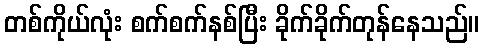
တစ်ကိုယ်လုံး စက်စက်နစ်ပြီး ခိုက်ခိုက်တုန်နေသည်။